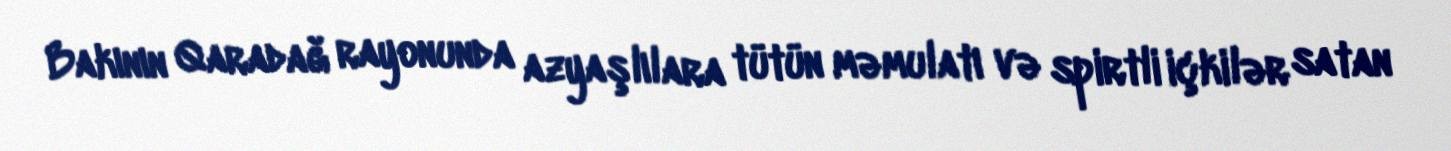
Bakının Qaradağ rayonunda azyaşlılara tütün məmulatı və spirtli içkilər satan